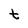
Character: t